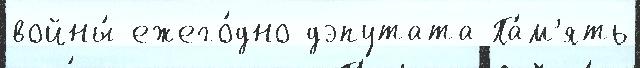
войны́ ежего́дно дэпутата Па́м'ять